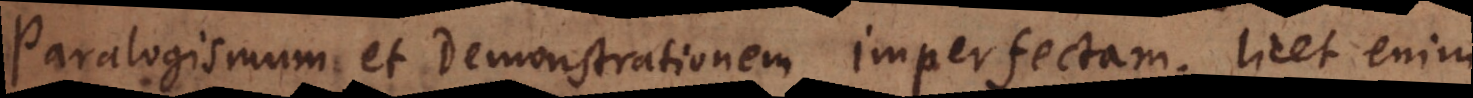
Paralogismum et Demonstrationem imperfectam; licet enim